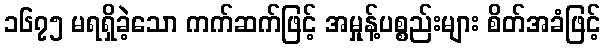
၁၆၇၅ မရရှိခဲ့သော ကက်ဆက်ဖြင့် အမှုန့်ပစ္စည်းများ စိတ်အခံဖြင့်